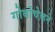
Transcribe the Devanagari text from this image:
गोर्बोचेव्हने